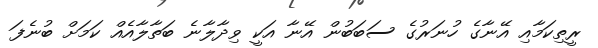
ރީތިކަމާއި އޭނާގެ ހުނަރުގެ ސަބަބުން އޭނާ އަކީ ވިދާލާނެ ބަތާލާއެއް ކަމަށް ބުނެފަ